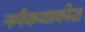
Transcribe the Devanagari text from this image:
नर्मकथाकोश